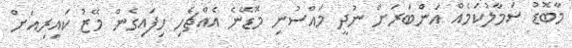
މާބޮޑު ސަމާލުކަމެއް އަންބަރަށް ނުދީ މައްސުނި މޮޑޭނެ އެއްޗެހި ހިފައިގެން މޭޒު ކައިރިއަށް